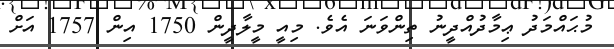
މުޙައްމަދު ޢިމާދުއްދީނު ތިންވަނަ އެވެ. މިއީ މީލާދީން 1750 އިން 1757 އަށް